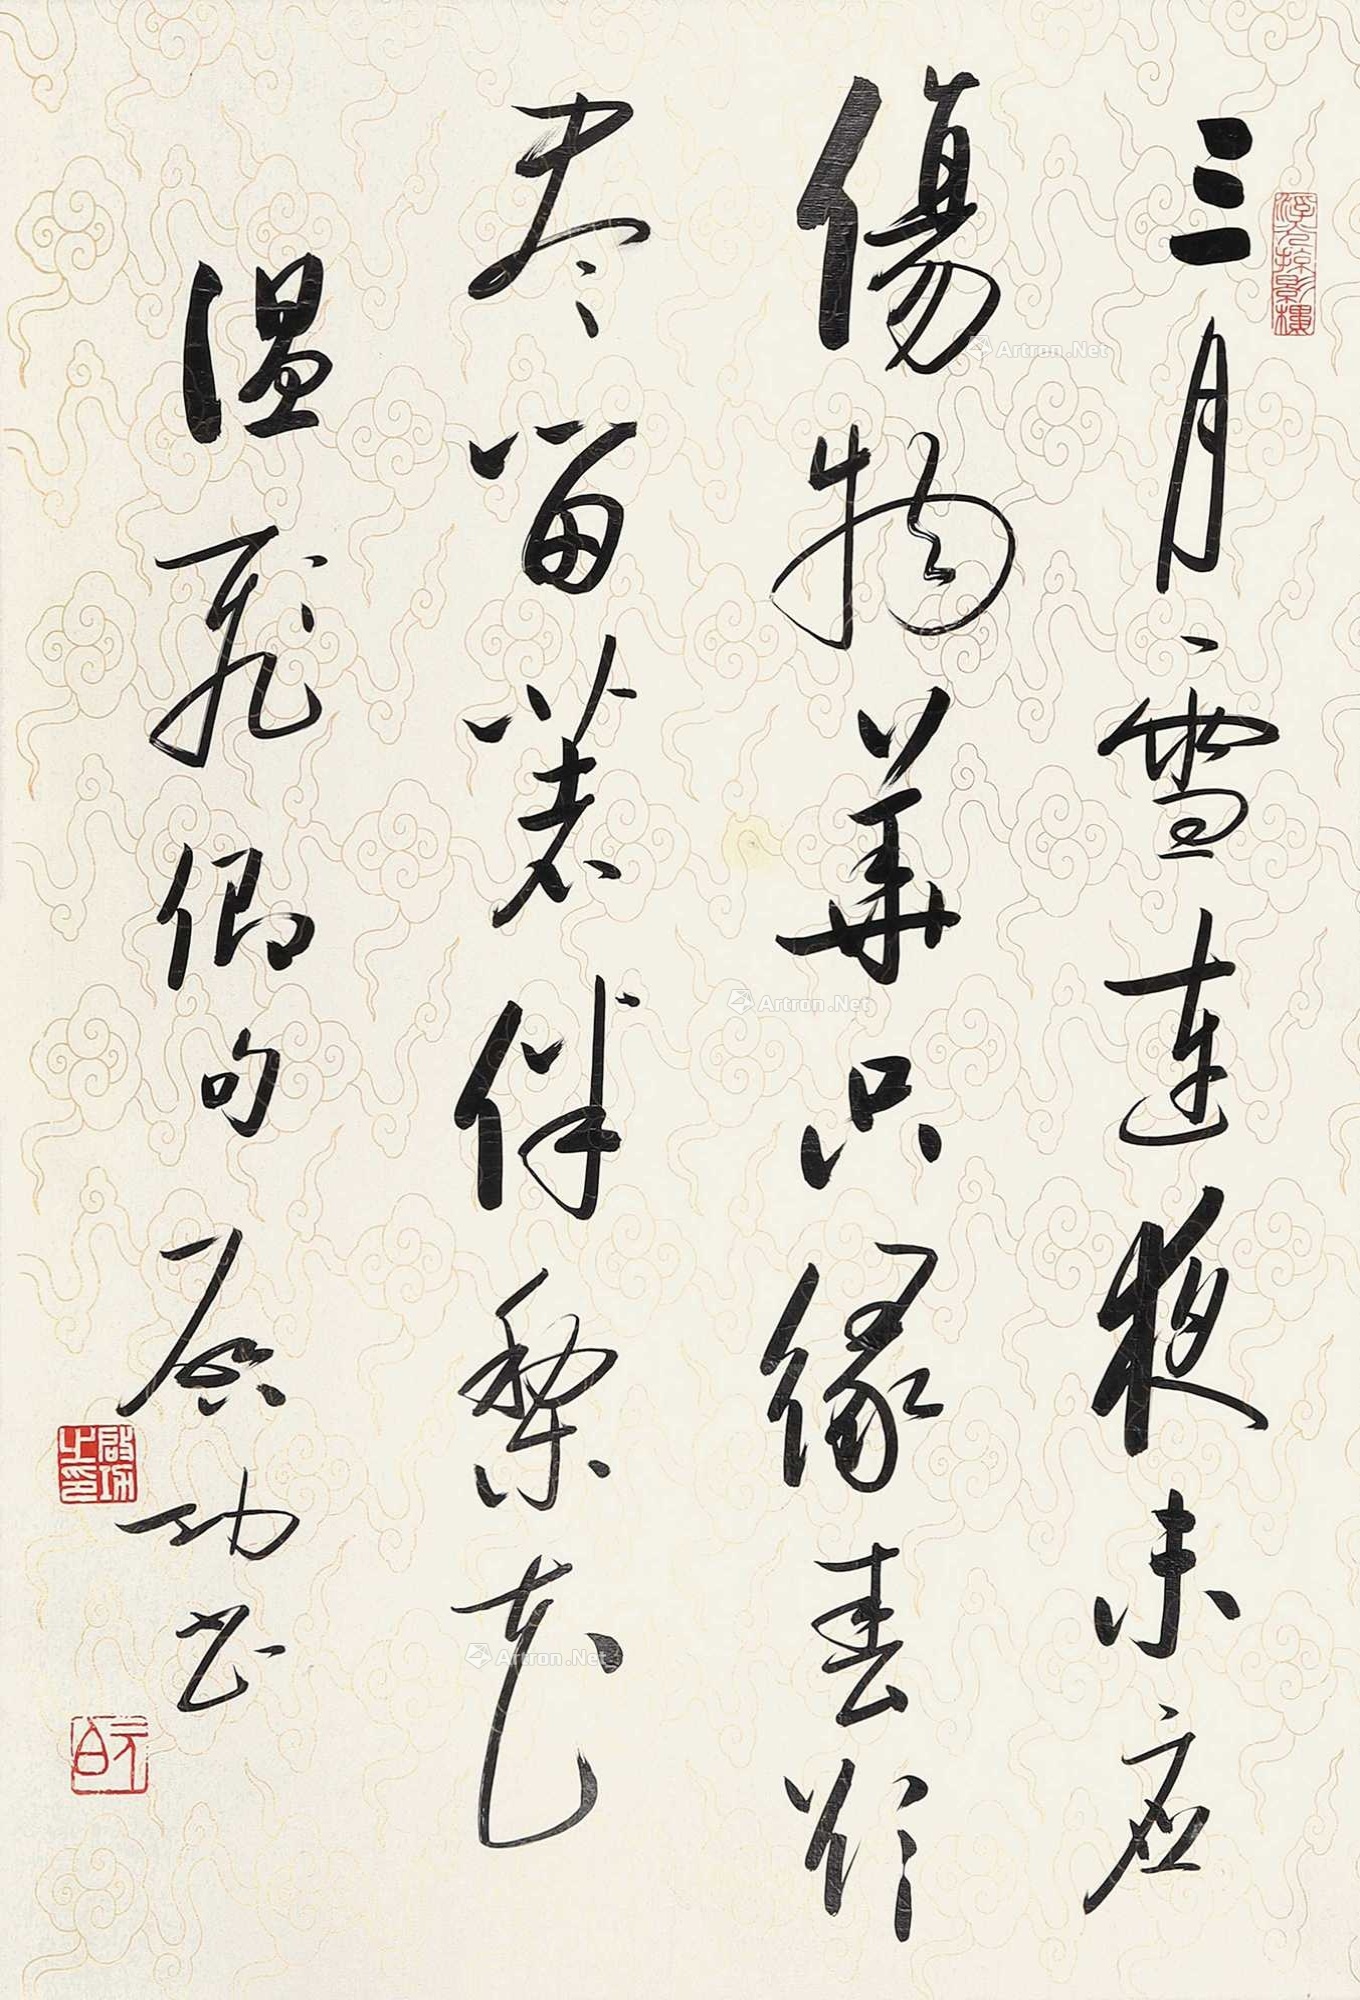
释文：三月雪连夜，未应伤物华。只缘春欲尽，留着伴梨花。温飞卿句，启功书。